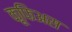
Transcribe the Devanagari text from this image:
कूफिअस